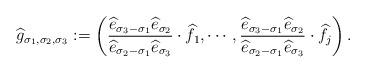
LaTeX: \begin{align*}\widehat{g}_{\sigma_{1},\sigma_{2},\sigma_{3}}:=\left(\frac{\widehat{e}_{\sigma_{3}-\sigma_{1}}\widehat{e}_{\sigma_{2}}}{\widehat{e}_{\sigma_{2}-\sigma_{1}}\widehat{e}_{\sigma_{3}}}\cdot\widehat{f}_{1},\cdots,\frac{\widehat{e}_{\sigma_{3}-\sigma_{1}}\widehat{e}_{\sigma_{2}}}{\widehat{e}_{\sigma_{2}-\sigma_{1}}\widehat{e}_{\sigma_{3}}}\cdot\widehat{f}_{j}\right).\end{align*}